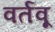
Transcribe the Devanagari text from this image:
वर्तवू